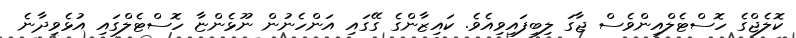
ކޮލެޖްގެ ހޮސްޓެލްއިންވެސް ޖާގަ ލިބިފައިވިއެވެ. ކައިޒާންގެ ގޭގައި އަންހެނުން ނޫޅެންޏާ ހޮސްޓެލްގައި އުޅެވިދާނެ